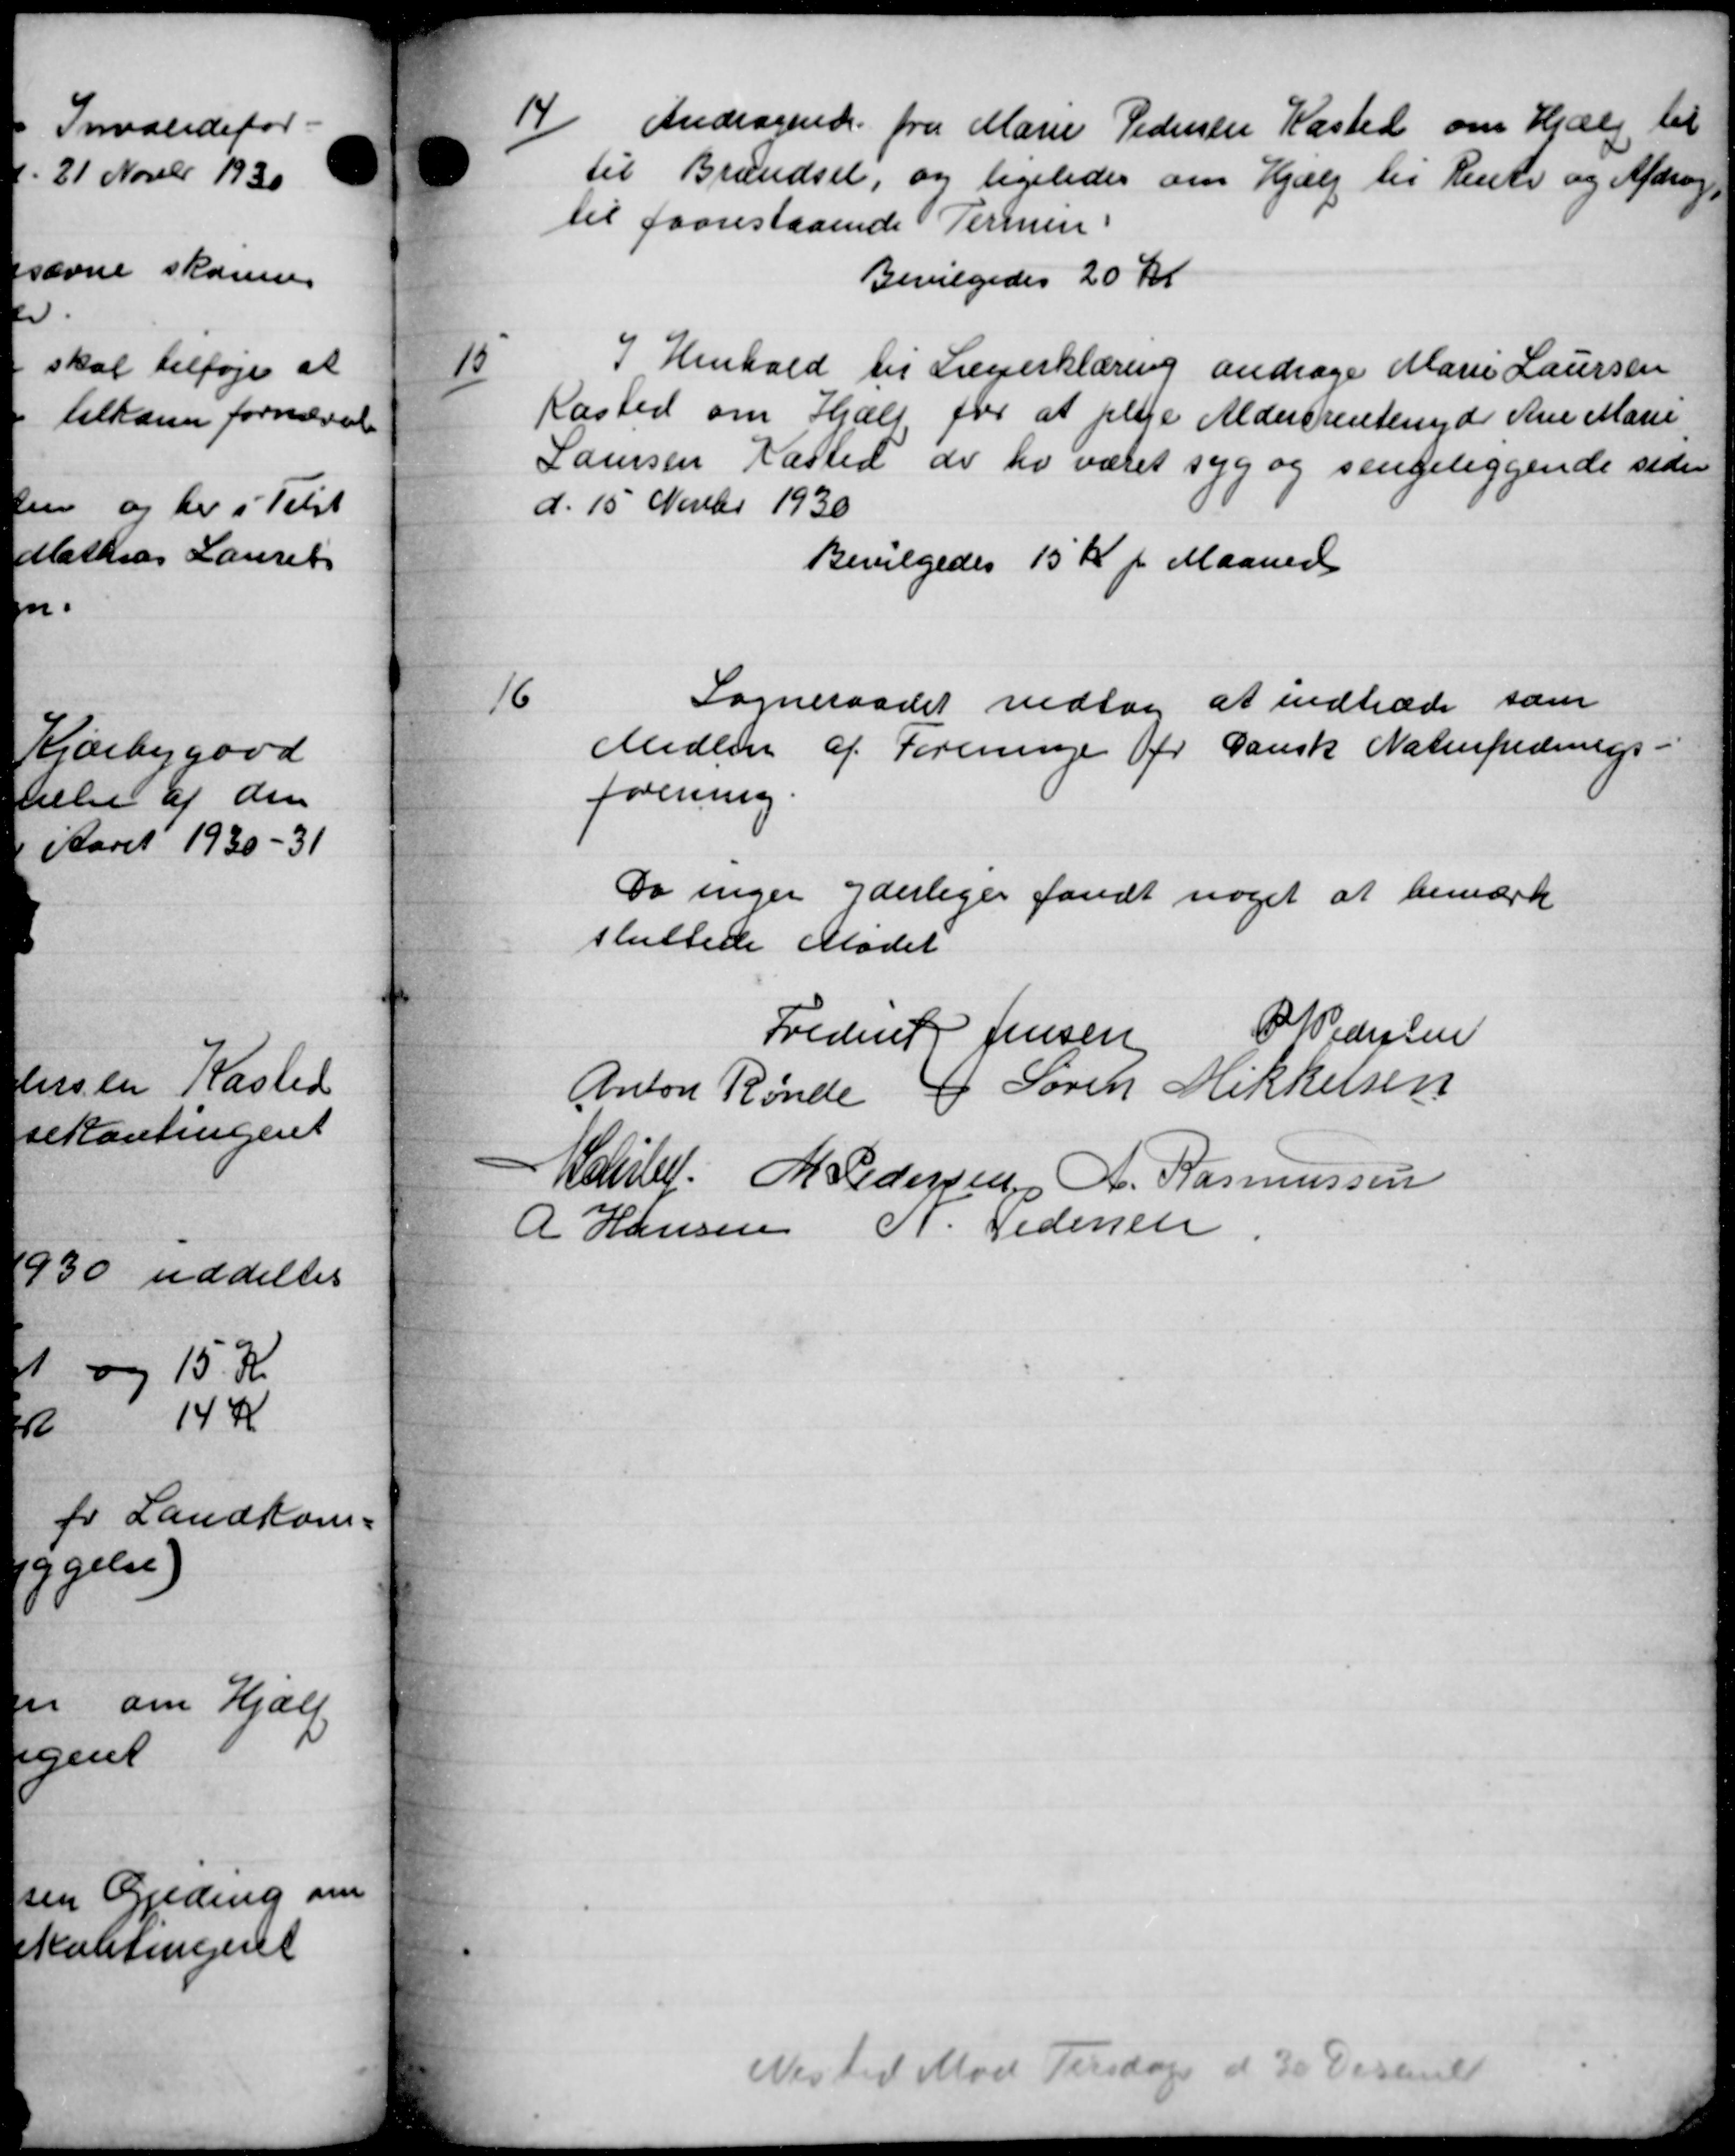
Transskription:
14
Andragende fra Marie Pedersen Kasted om Hjælp til
til Brændsel, og ligeledes om Hjælp til Rente og Afdrag
til forrestaaende Termin.
Bevilgedes 20 kr
15
I Henhold til Lægerklæring andrage Marie Laursen
Kasted om Hjælp for at pleje Aldersrentenyde Ane Marie
Laursen Kasted de hv været syg og sengeliggende siden
d. 15 Novbr 1930
Bevilgedes 15 Kr pr Maaned
16
Sogneraadet vedtog at indtræde som
Medlem af Foreninge pr Dansk Naturfrednings-
forening.
Da ingen yderliger fandt noget at bemærk
sluttede Mødet
Frederik Jensen P P Pedersen
Anton Rønde J Søren Mikkelsen
Harlef M. Pedersen A. Rasmussen
R Hansen P. Pedersen
Nested Mod Tirsdag d 30 Decembe